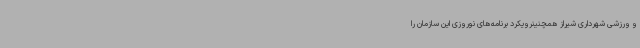
و ورزشی شهرداری شیراز همچنینرویکرد برنامه‌های نوروزی این سازمان را